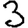
Digit: 3